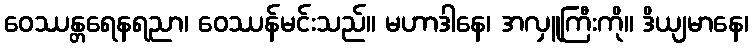
ဝေဿန္တရေနရညာ၊ ဝေဿန်မင်းသည်။ မဟာဒါနေ၊ အလှူကြီးကို။ ဒိယျမာနေ၊